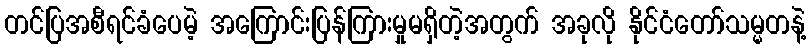
တင်ပြအစီရင်ခံပေမဲ့ အကြောင်းပြန်ကြားမှုမရှိတဲ့အတွက် အခုလို နိုင်ငံတော်သမ္မတနဲ့